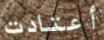
أعتادت